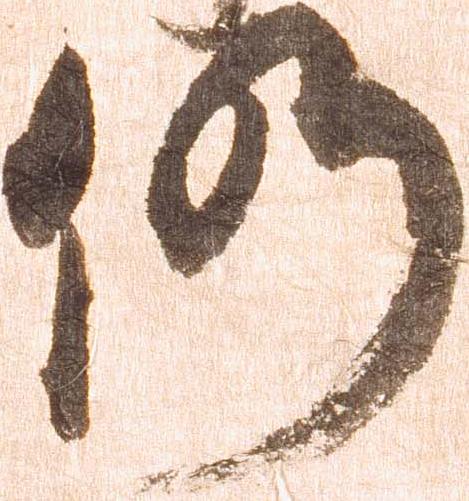
仍